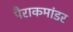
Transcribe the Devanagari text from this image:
पैराकमांडर